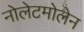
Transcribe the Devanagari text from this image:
नोलेटमोलेन